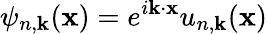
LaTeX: \psi_{n,\mathbf{k}}(\mathbf{x})=e^{i\mathbf{k}\cdot\mathbf{x}}u_{n,\mathbf{k}}(\mathbf{x})